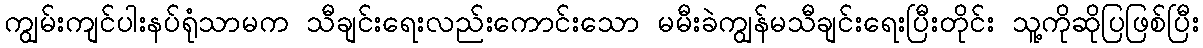
ကျွမ်းကျင်ပါးနပ်ရုံသာမက သီချင်းရေးလည်းကောင်းသော မမီးခဲကျွန်မသီချင်းရေးပြီးတိုင်း သူ့ကိုဆိုပြဖြစ်ပြီး